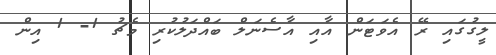
ލީގުގައި ރޭ އެވަޓަން އާއި އާސެނަލް ބައްދަލުކުރި މެޗު 1- 1 އިން